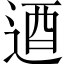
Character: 逎